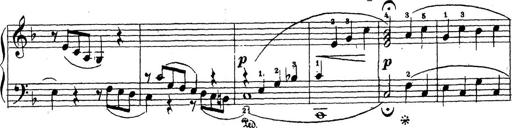
Title: 10 Sonatinas
Composer: Fritz Spindler